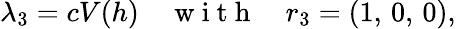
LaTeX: \lambda_{3}=cV\! \left(h\right)\quad\mathrm{~w~i~t~h~}\quad r_{3}=(1,\, 0,\, 0),